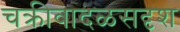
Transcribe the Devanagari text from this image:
चक्रीवादळसदृश